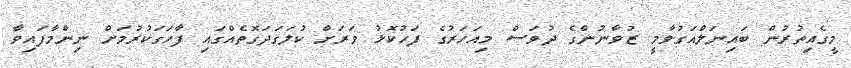
މީގެއިތުރުން ބައިނަލްއަގުވާމީ ޒުވާނުންގެ ދުވަސް މިއަހަރުގެ ފަހުކޮޅު ވަރަށް ކުލަގަދަގޮތެއްގައި ފާހަގަކުރުމަށް ނިންމާފައިވާ